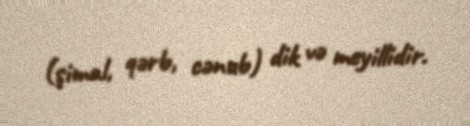
(şimal, qərb, cənub) dik və meyillidir.